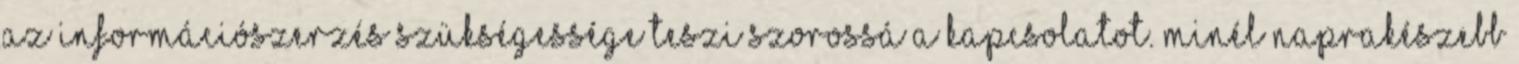
az információszerzés szükségessége teszi szorossá a kapcsolatot. Minél naprakészebb